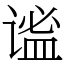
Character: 谧